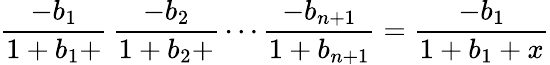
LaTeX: {\frac{-b_{1}}{1+b_{1}+}}\, {\frac{-b_{2}}{1+b_{2}+}}\cdots{\frac{-b_{n+1}}{1+b_{n+1}}}={\frac{-b_{1}}{1+b_{1}+x}}